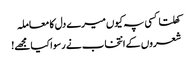
کھلتا کسی پہ کیوں میرے دل کا معاملہ
شعروں کے انتخاب نے رسوا کیا مجھے!